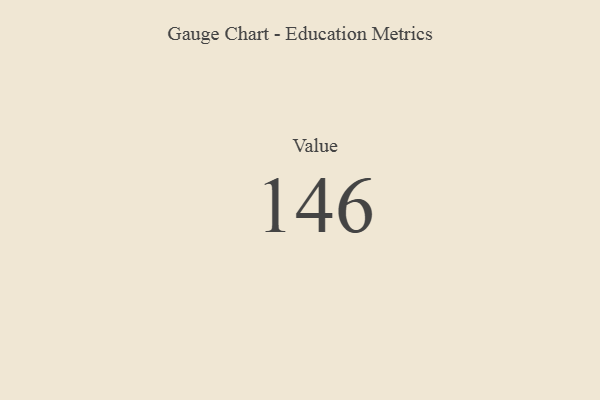
{"axis": {"x": "Metric", "y": "Value"}, "legend": [""], "data": [{"x": "Value", "y": 146, "type": ""}]}